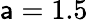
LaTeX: \mathsf{a}=1.5